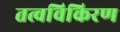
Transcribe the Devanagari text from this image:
तत्वविकिरण